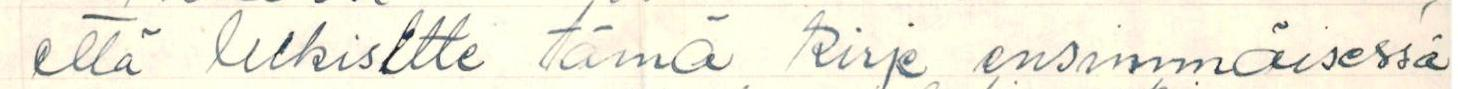
että lukisitte tämä kirje ensimmäisessä